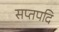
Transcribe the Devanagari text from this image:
सप्तपदि